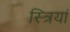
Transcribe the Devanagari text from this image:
स्‍त्रियां